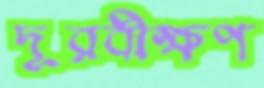
দূরবীক্ষণ